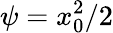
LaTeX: \psi=x_{0}^{2}/2